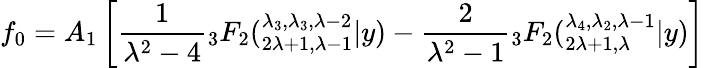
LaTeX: f_{0}=A_{1}\left[\frac{1}{\lambda^{2}-4}{}_{3}F_{2}(_{2\lambda+1,\lambda-1}^{\lambda_{3},\lambda_{3},\lambda-2}|y)-\frac{2}{\lambda^{2}-1}{}_{3}F_{2}(_{2\lambda+1,\lambda}^{\lambda_{4},\lambda_{2},\lambda-1}|y)\right]